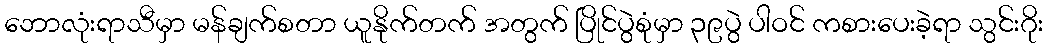
ဘောလုံးရာသီမှာ မန်ချက်စတာ ယူနိုက်တက် အတွက် ပြိုင်ပွဲစုံမှာ ၃၉ပွဲ ပါဝင် ကစားပေးခဲ့ရာ သွင်းဂိုး